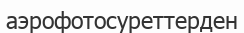
аэрофотосуреттерден